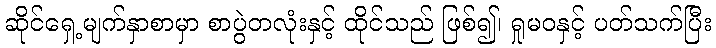
ဆိုင်ရှေ့မျက်နှာစာမှာ စာပွဲတလုံးနှင့် ထိုင်သည် ဖြစ်၍၊ ရှုမဝနှင့် ပတ်သက်ပြီး